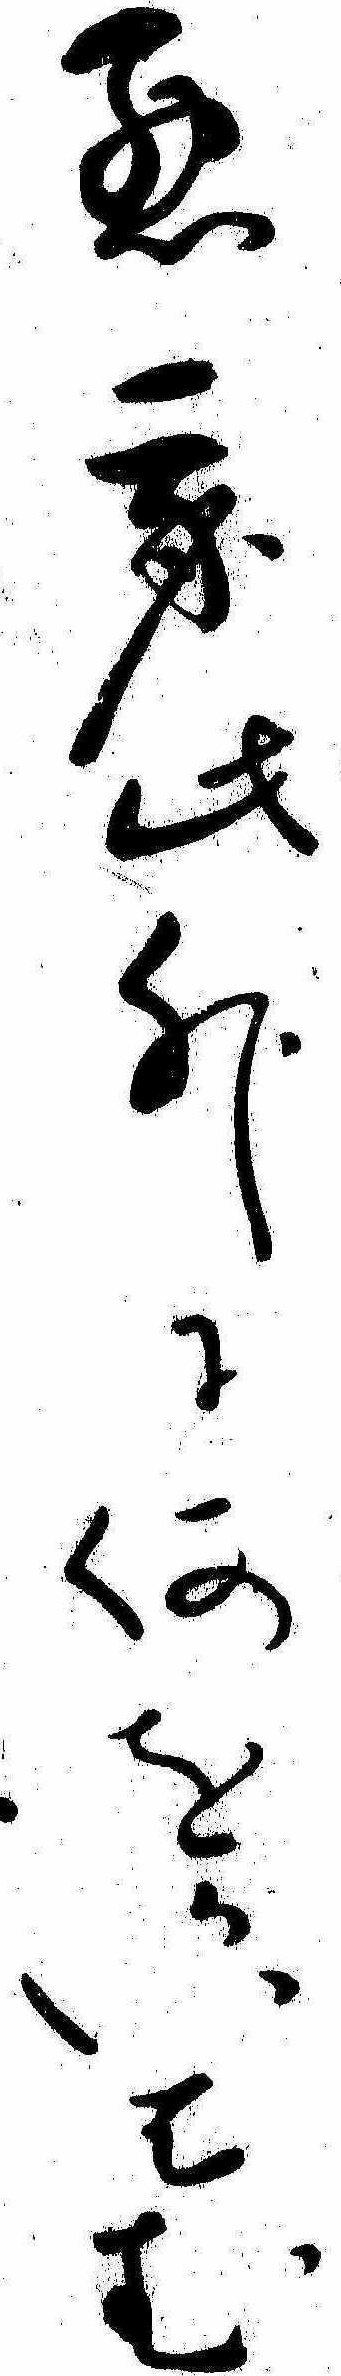
悪我此外に何をかいはむ